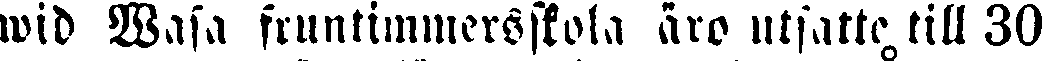
wid Wasa fruntimmersskola äro utsatte till 30